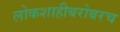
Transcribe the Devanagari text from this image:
लोकशाहीबरोबरच